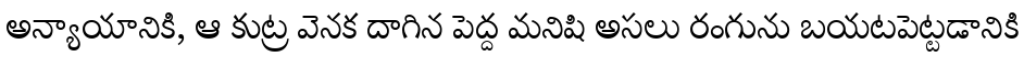
అన్యాయానికి, ఆ కుట్ర వెనక దాగిన పెద్ద మనిషి అసలు రంగును బయటపెట్టడానికి